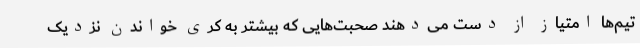
تیم‌ها امتیاز از دست می‌دهند صحبت‌هایی که بیشتر به کری خواندن نزدیک